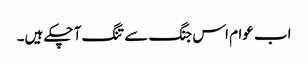
اب عوام اس جنگ سے تنگ آ چکے ہیں۔